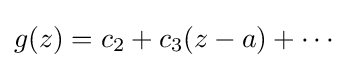
g(z)=c_{2}+c_{3}(z-a)+\cdots